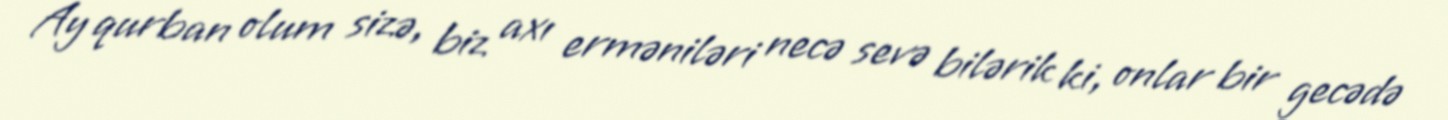
Ay qurban olum sizə, biz axı erməniləri necə sevə bilərik ki, onlar bir gecədə